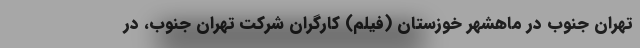
تهران جنوب در ماهشهر خوزستان (فیلم) کارگران شرکت تهران‌ جنوب، در